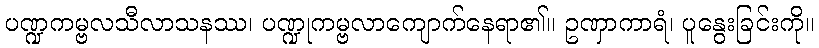
ပဏ္ဍကမ္ဗလသီလာသနဿ၊ ပဏ္ဍုကမ္ဗလာကျောက်နေရာ၏။ ဥဏှာကာရံ၊ ပူနွေးခြင်းကို။